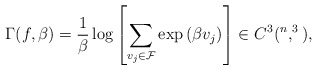
\begin{align*} \Gamma(f, \beta) = \frac{1}{\beta} \log \left[\sum_{v_j \in \mathcal{F}} \exp \left( \beta v_j \right) \right] \in C^3(\real^n, \real^3), \end{align*}